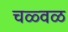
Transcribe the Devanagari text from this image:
चळ्वळ